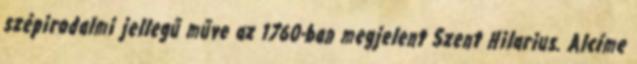
szépirodalmi jellegű műve az 1760-ban megjelent Szent Hilarius. Alcíme